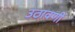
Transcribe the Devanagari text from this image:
उठावणी